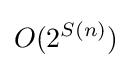
O(2^{S(n)})